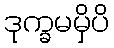
ဒုက္ခမမှိပိ